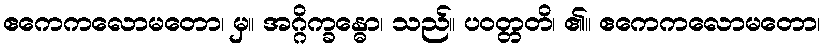
ဧကေကလောမတော၊ မှ။ အဂ္ဂိက္ခန္ဓော၊ သည်။ ပဝတ္တတိ၊ ၏။ ဧကေကလောမတော၊